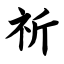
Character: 祈